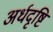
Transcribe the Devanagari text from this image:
अर्धदृष्टि